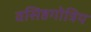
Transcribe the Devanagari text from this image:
वसिष्ठगोत्रिय